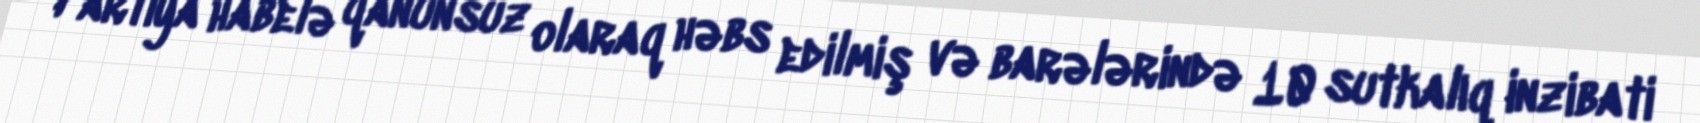
Partiya habelə qanunsuz olaraq həbs edilmiş və barələrində 10 sutkalıq inzibati